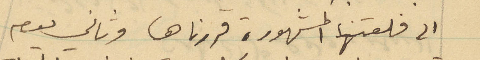
الى قلعتها المشهورة فزرناها وثاني يوم